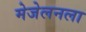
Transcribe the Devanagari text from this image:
मेजेलनला